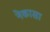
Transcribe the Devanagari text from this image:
नेकासा